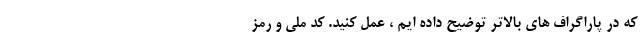
که در پاراگراف های بالاتر توضیح داده ایم ، عمل کنید. کد ملی و رمز